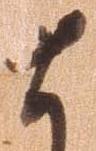
ま